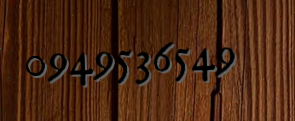
0949536549